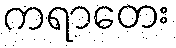
ကရာတေး